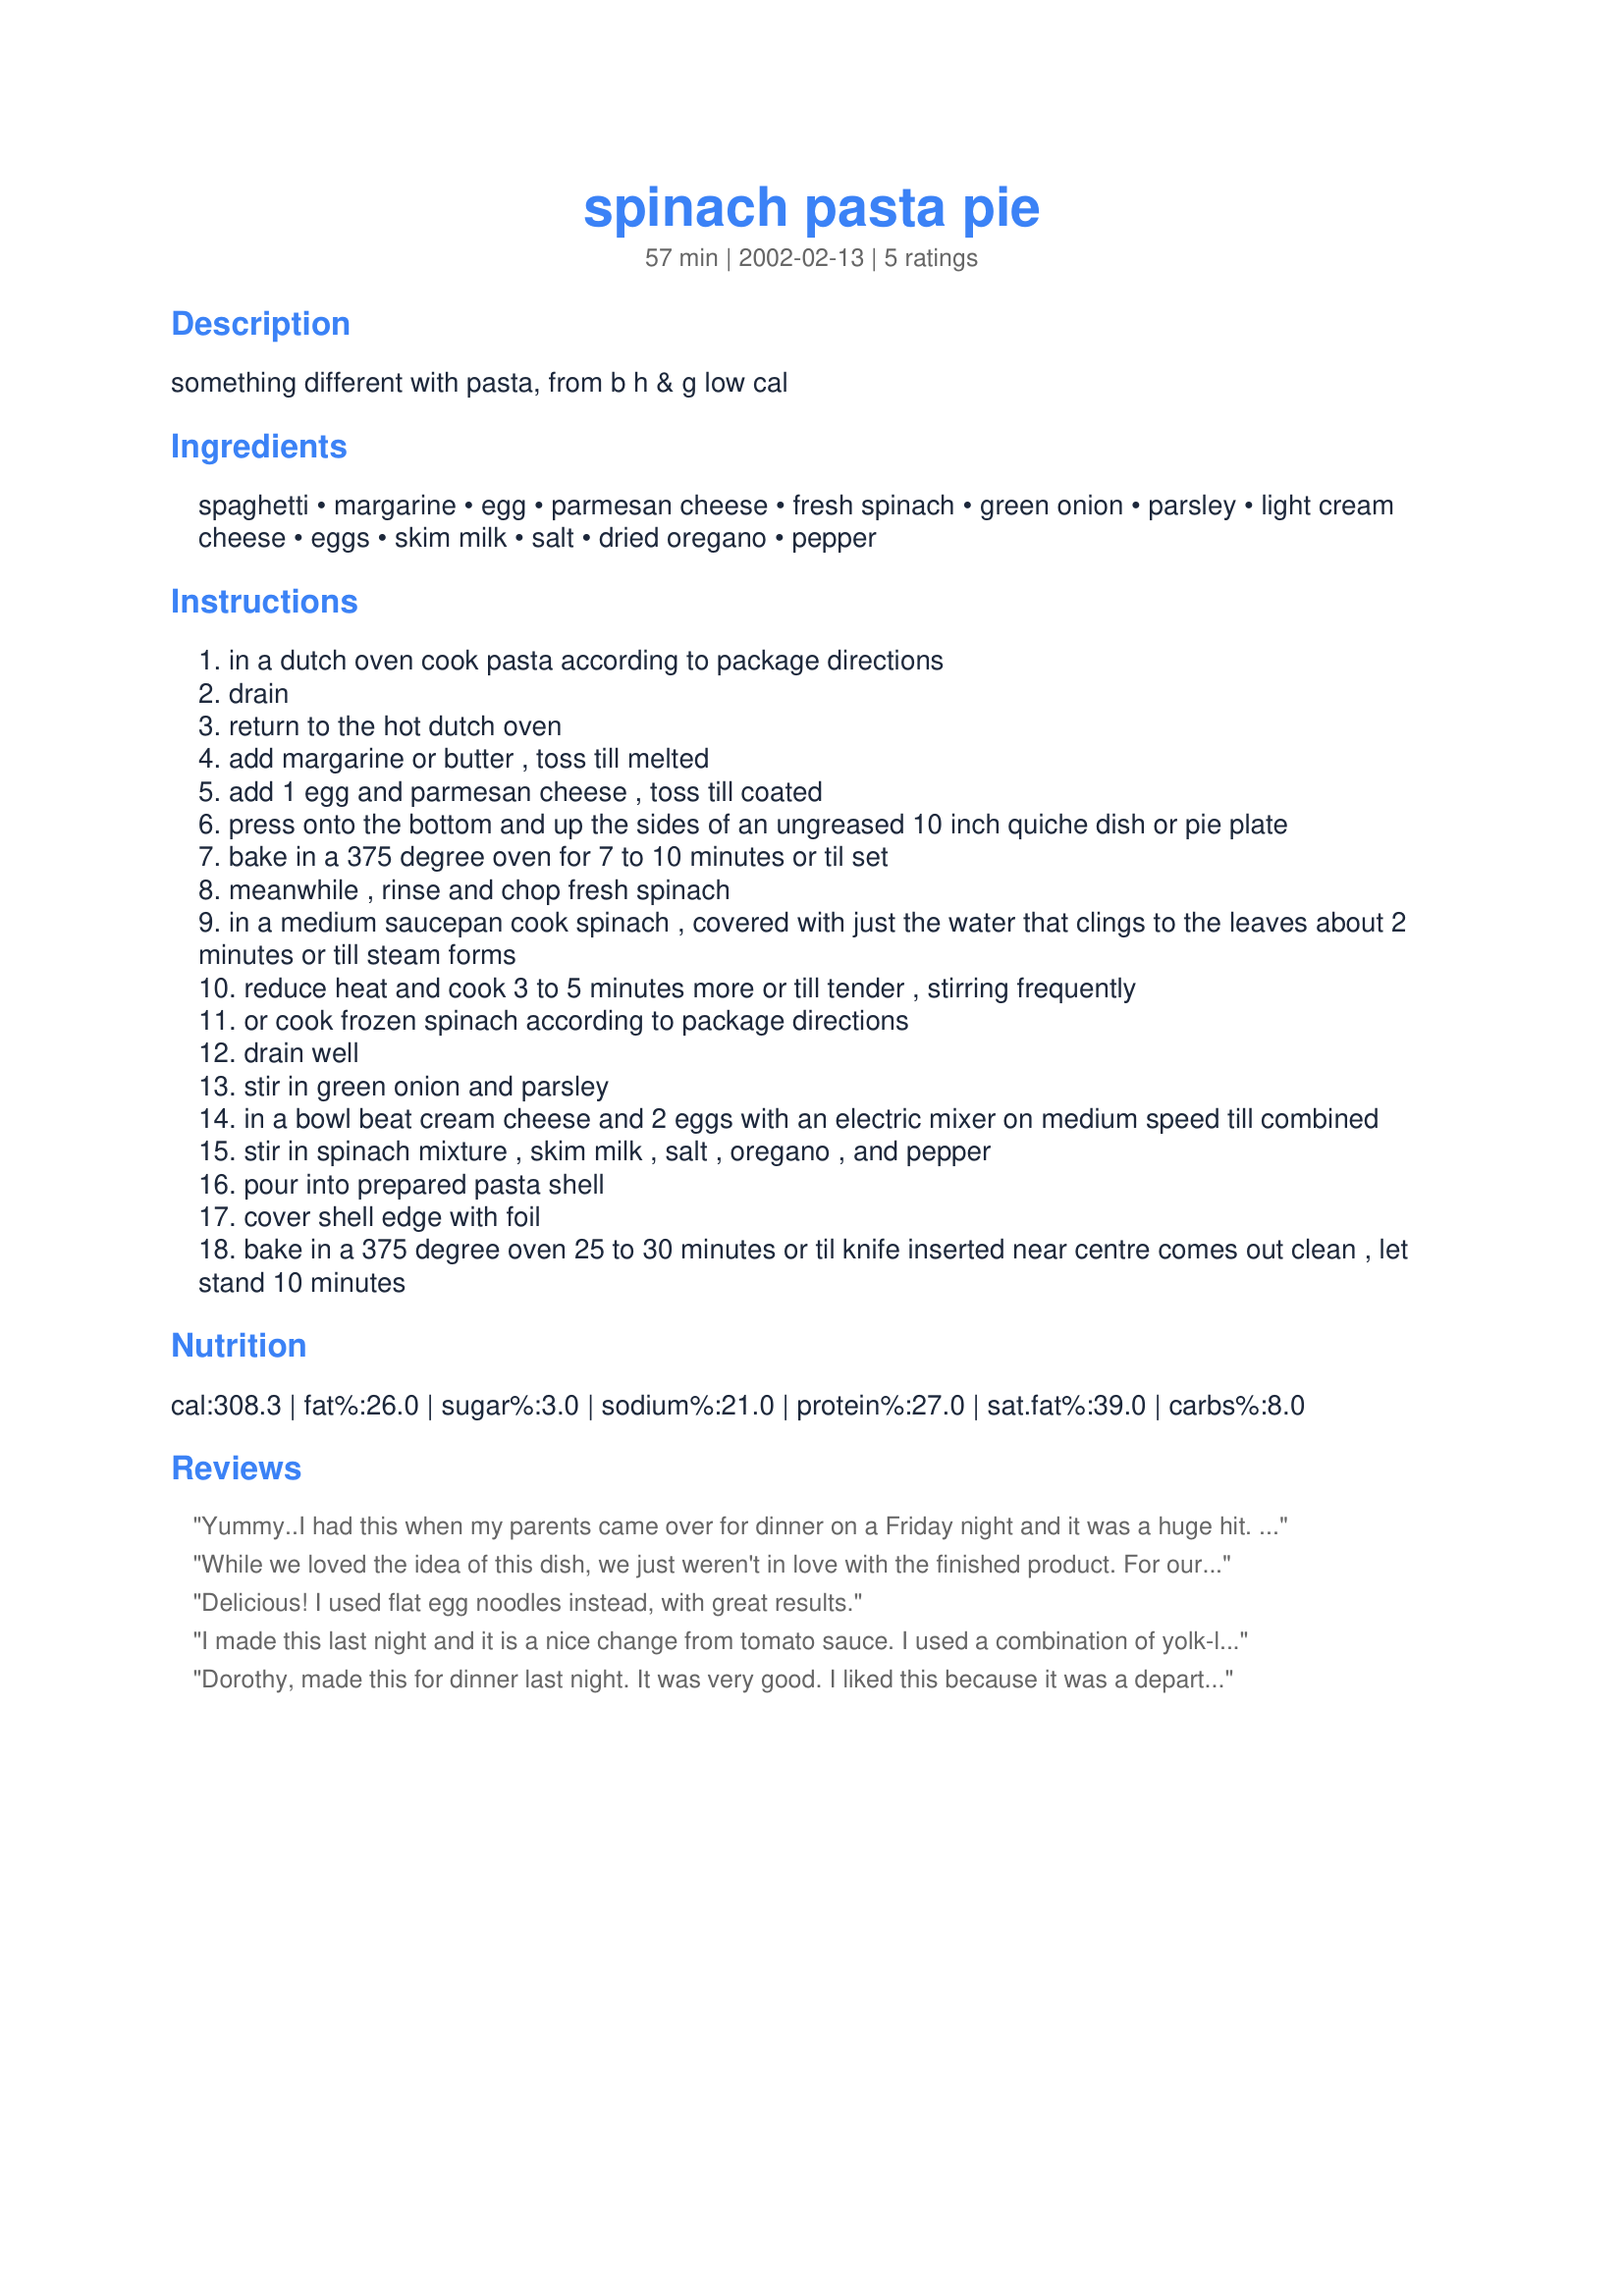
spinach pasta pie
Preparation time: 57 minutes

something different with pasta, from b h & g low cal

Ingredients:
spaghetti, margarine, egg, parmesan cheese, fresh spinach, green onion, parsley, light cream cheese, eggs, skim milk, salt, dried oregano, pepper

Steps:
in a dutch oven cook pasta according to package directions
drain
return to the hot dutch oven
add margarine or butter , toss till melted
add 1 egg and parmesan cheese , toss till coated
press onto the bottom and up the sides of an ungreased 10 inch quiche dish or pie plate
bake in a 375 degree oven for 7 to 10 minutes or til set
meanwhile , rinse and chop fresh spinach
in a medium saucepan cook spinach , covered with just the water that clings to the leaves about 2 minutes or till steam forms
reduce heat and cook 3 to 5 minutes more or till tender , stirring frequently
or cook frozen spinach according to package directions
drain well
stir in green onion and parsley
in a bowl beat cream cheese and 2 eggs with an electric mixer on medium speed till combined
stir in spinach mixture , skim milk , salt , oregano , and pepper
pour into prepared pasta shell
cover shell edge with foil
bake in a 375 degree oven 25 to 30 minutes or til knife inserted near centre comes out clean , let stand 10 minutes

Reviews:
Yummy..I had this when my parents came over for dinner on a Friday night and it was a huge hit. I used wheat pasta and it added a delicious nutty flavor to the dish. I am adding this to my favorites!!
While we loved the idea of this dish, we just weren't in love with the finished product. For our tastes, it needed more flavor. I used fresh spinach and steamed to wilt before adding to the cream cheese and egg mixture. In the future, I would probably saute in a little olive oil and add some garlic and more green onion. Perhaps even a pinch of red pepper flakes would be the kicker for this. Something was missing for our tastes...maybe even serving with salsa would help. We did serve with a tomato and cucumber salad that helped to bring a little life to the dish.
Delicious! I used flat egg noodles instead, with great results.
I made this last night and it is a nice change from tomato sauce. I used a combination of yolk-less egg noodles and wheat egg noodles. I used egg beaters in place of the eggs and added some mushrooms. This is a great dish to add to a buffet as a friendly food for diet restricted guests. This is now on our regular schedule.
Dorothy, made this for dinner last night. It was very good. I liked this because it was a departure from the usual spaghetti pie recipes with a tomato base sauce. I basically stayed on track with your recipe, except I used 2% milk and spinkled some extra parmesan over the top, which I'm sure kicked up the fat content! Also added a few chopped fresh mushrooms to the spinach layer. This makes a nice "meatless entree!" Thanks for sharing this one!
